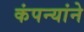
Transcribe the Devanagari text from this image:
कंपन्यांने